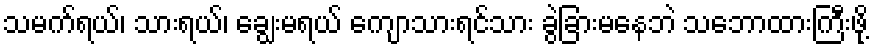
သမက်ရယ်၊ သားရယ်၊ ချွေးမရယ် ကျောသားရင်သား ခွဲခြားမနေဘဲ သဘောထားကြီးဖို့